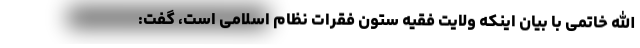
الله خاتمی با بیان اینکه ولایت فقیه ستون فقرات نظام اسلامی است، گفت: